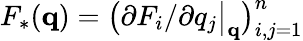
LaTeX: \textstyle F_{*}(\mathbf{q})={\bigl(}\partial F_{i}/\partial q_{j}{\bigl|}_{\mathbf{q}}{\bigr)}_{i,j=1}^{n}